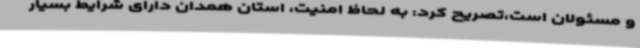
و مسئولان است،تصریح کرد: به لحاظ امنیت، استان همدان دارای شرایط بسیار